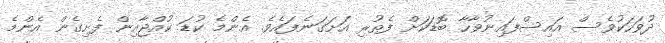
ދުވަހަކުވެސް އައިސްފައިނުވާހާ ބޮޑަކަށް ފެތުރި އަށަގަނެފައެވެ. އެންމެ ކުޑަ ކުއްޖާއިން ފެށިގެން އެންމެ